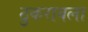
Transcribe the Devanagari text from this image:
ठुकरावला